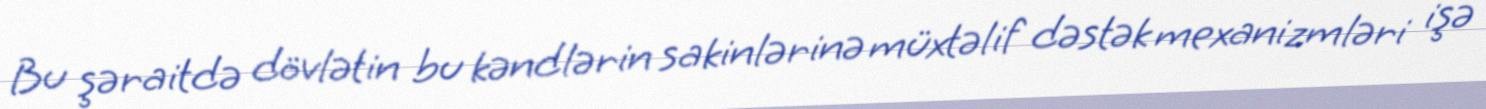
Bu şəraitdə dövlətin bu kəndlərin sakinlərinə müxtəlif dəstək mexanizmləri işə